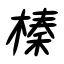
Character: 榛